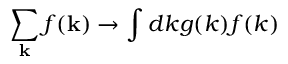
\sum _ { \bf k } f ( { \bf k } ) \to \int d k g ( k ) f ( k )